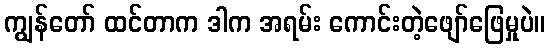
ကျွန်တော် ထင်တာက ဒါက အရမ်း ကောင်းတဲ့ဖျော်ဖြေမှုပဲ။